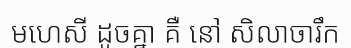
មហេសី ដូចគ្នា គឺ នៅ សិលាចារឹក